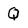
Character: Q